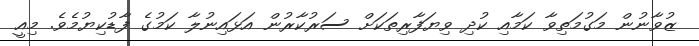
ޒުވާނުން މަގުމަތިވާ ކަމާއި ކުދި ވިޔަފާރިތަކަށް ސަރުކާރުން އަޅައިނުލާ ކަމުގެ ފާޑުކިޔުމެވެ. މިއީ